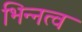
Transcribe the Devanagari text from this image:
भिन्‍नत्व